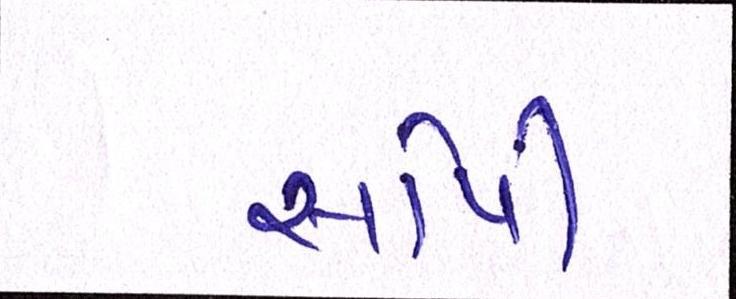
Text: સોપી